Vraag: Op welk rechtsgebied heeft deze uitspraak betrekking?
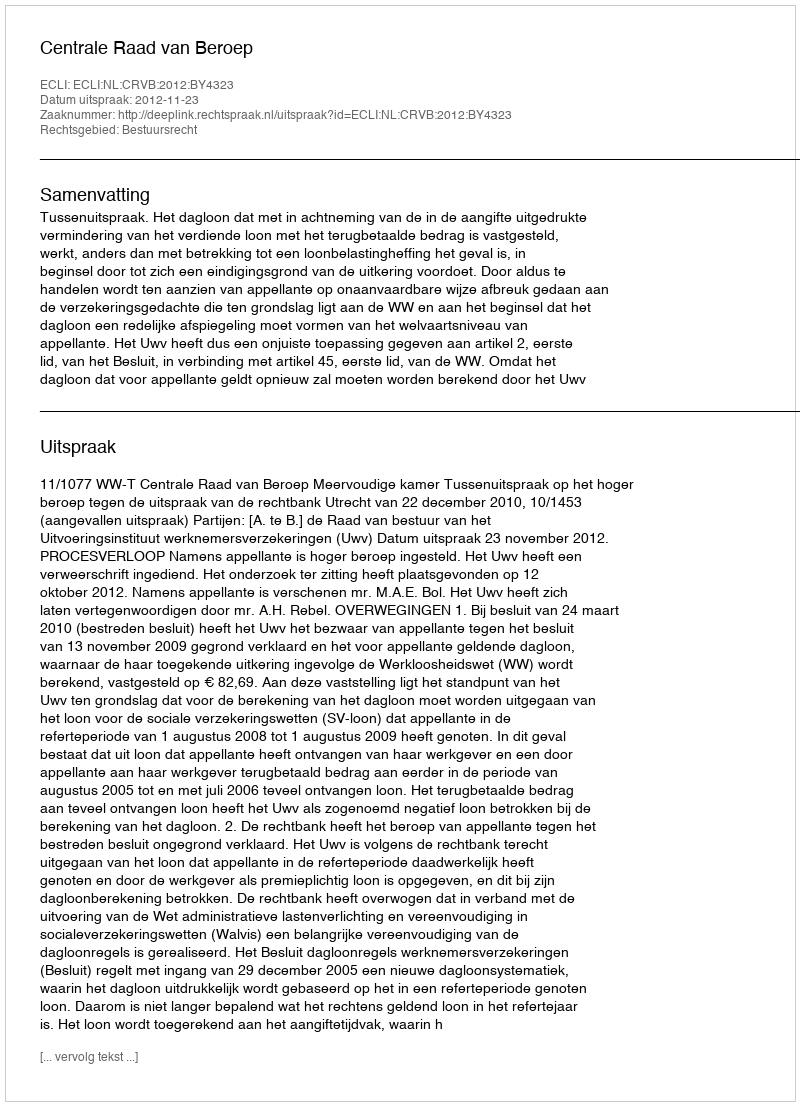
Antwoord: Bestuursrecht